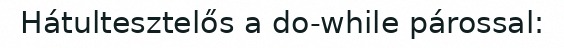
Hátultesztelős a do-while párossal: